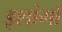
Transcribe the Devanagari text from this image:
इशांगो